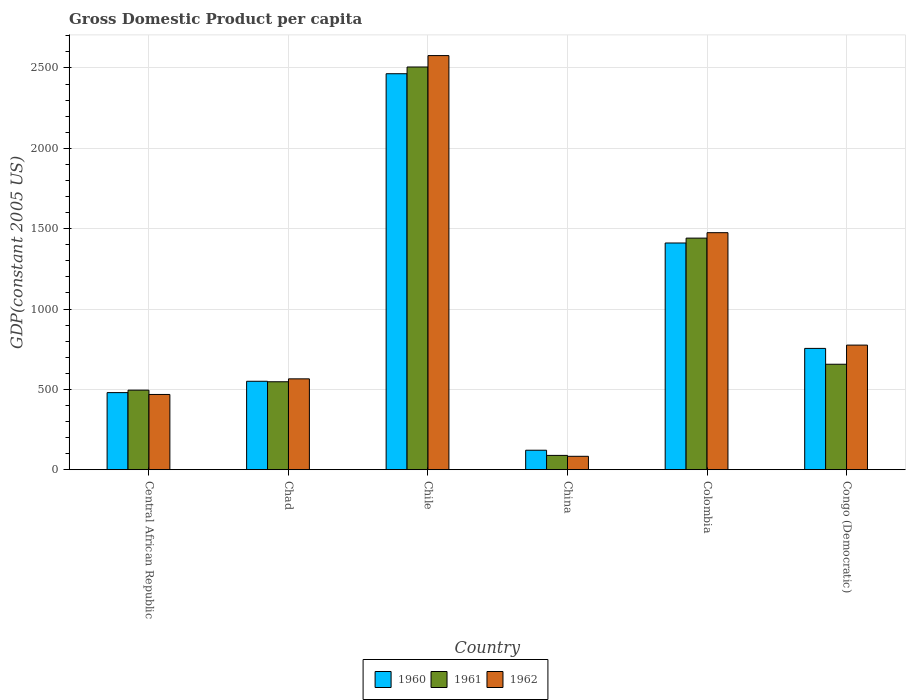
| Country | 1960 | 1961 | 1962 |
 | --- | --- | --- | --- |
 | Central African Republic | 480 | 495 | 468 |
 | Chad | 550 | 547 | 565 |
 | Chile | 2.46e+03 | 2.51e+03 | 2.58e+03 |
 | China | 121 | 89 | 83.3 |
 | Colombia | 1.41e+03 | 1.44e+03 | 1.47e+03 |
 | Congo (Democratic) | 755 | 656 | 775 |